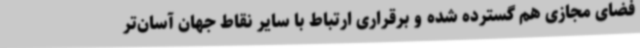
فضای مجازی هم گسترده شده و برقراری ارتباط با سایر نقاط جهان آسان‌تر